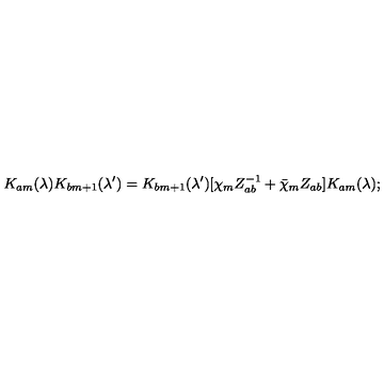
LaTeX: K _ { a m } ( \lambda ) K _ { b m + 1 } ( \lambda ^ { \prime } ) = K _ { b m + 1 } ( \lambda ^ { \prime } ) [ \chi _ { m } Z _ { a b } ^ { - 1 } + \bar { \chi } _ { m } Z _ { a b } ] K _ { a m } ( \lambda ) ;